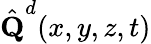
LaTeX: \hat{\textbf{Q}}^{d}(x,y,z,{t})